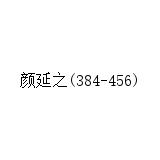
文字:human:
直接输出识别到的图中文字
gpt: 颜延之(384-456)